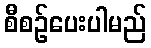
စီစဉ်ပေးပါမည်